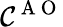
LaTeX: \mathcal{C}^{\mathrm{{~A~O~}}}